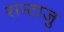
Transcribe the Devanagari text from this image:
रान्टाजु